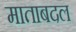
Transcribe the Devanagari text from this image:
माताबदल